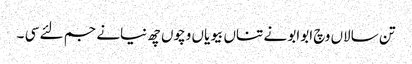
تن سالاں وچ ابوابو نے تناں بیویاں وچوں چھ نیانے جم لئے سی ۔